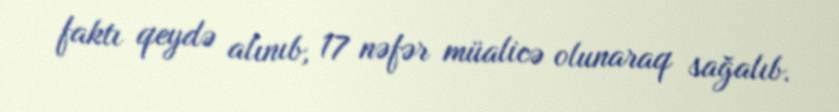
faktı qeydə alınıb, 17 nəfər müalicə olunaraq sağalıb.